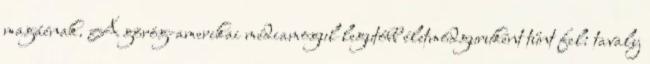
magáénak. A görög-amerikai médiamogul legutóbb életmódguruként tűnt fel: tavaly